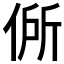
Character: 𬾟